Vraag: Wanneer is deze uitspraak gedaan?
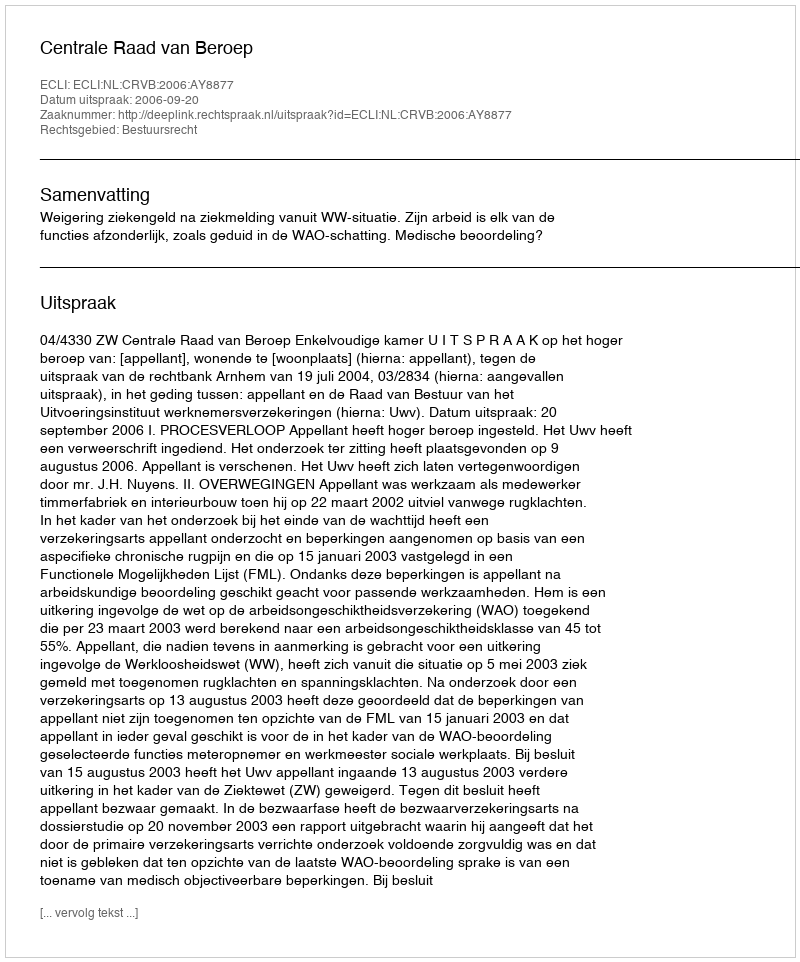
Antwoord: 2006-09-20